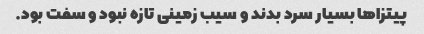
پیتزا‌ها بسیار سرد بدند و سیب زمینی تازه نبود و سفت بود.